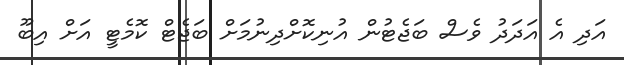
އަދި އެ އަދަދު ވެސް ބަޖެޓުން އުނިކޮށްދިނުމަށް ބަޖެޓް ކޮމެޓީ އަށް އިބޫ